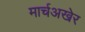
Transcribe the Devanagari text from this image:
मार्चअखेर